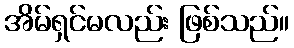
အိမ်ရှင်မလည်း ဖြစ်သည်။